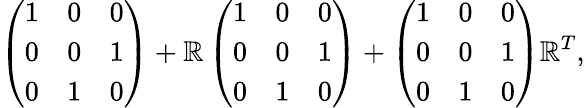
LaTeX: \left(\begin{array}{lll}{{1}}&{{0}}&{{0}}\\ {{0}}&{{0}}&{{1}}\\ {{0}}&{{1}}&{{0}}\end{array}\right)+\mathbb{R}\left(\begin{array}{lll}{{1}}&{{0}}&{{0}}\\ {{0}}&{{0}}&{{1}}\\ {{0}}&{{1}}&{{0}}\end{array}\right)+\left(\begin{array}{lll}{{1}}&{{0}}&{{0}}\\ {{0}}&{{0}}&{{1}}\\ {{0}}&{{1}}&{{0}}\end{array}\right)\mathbb{R}^{T},